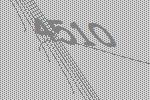
4510